255_413270_UFO's_and_Defense_What_Should_we_Prepare_For
Agency: NASA
Page 64
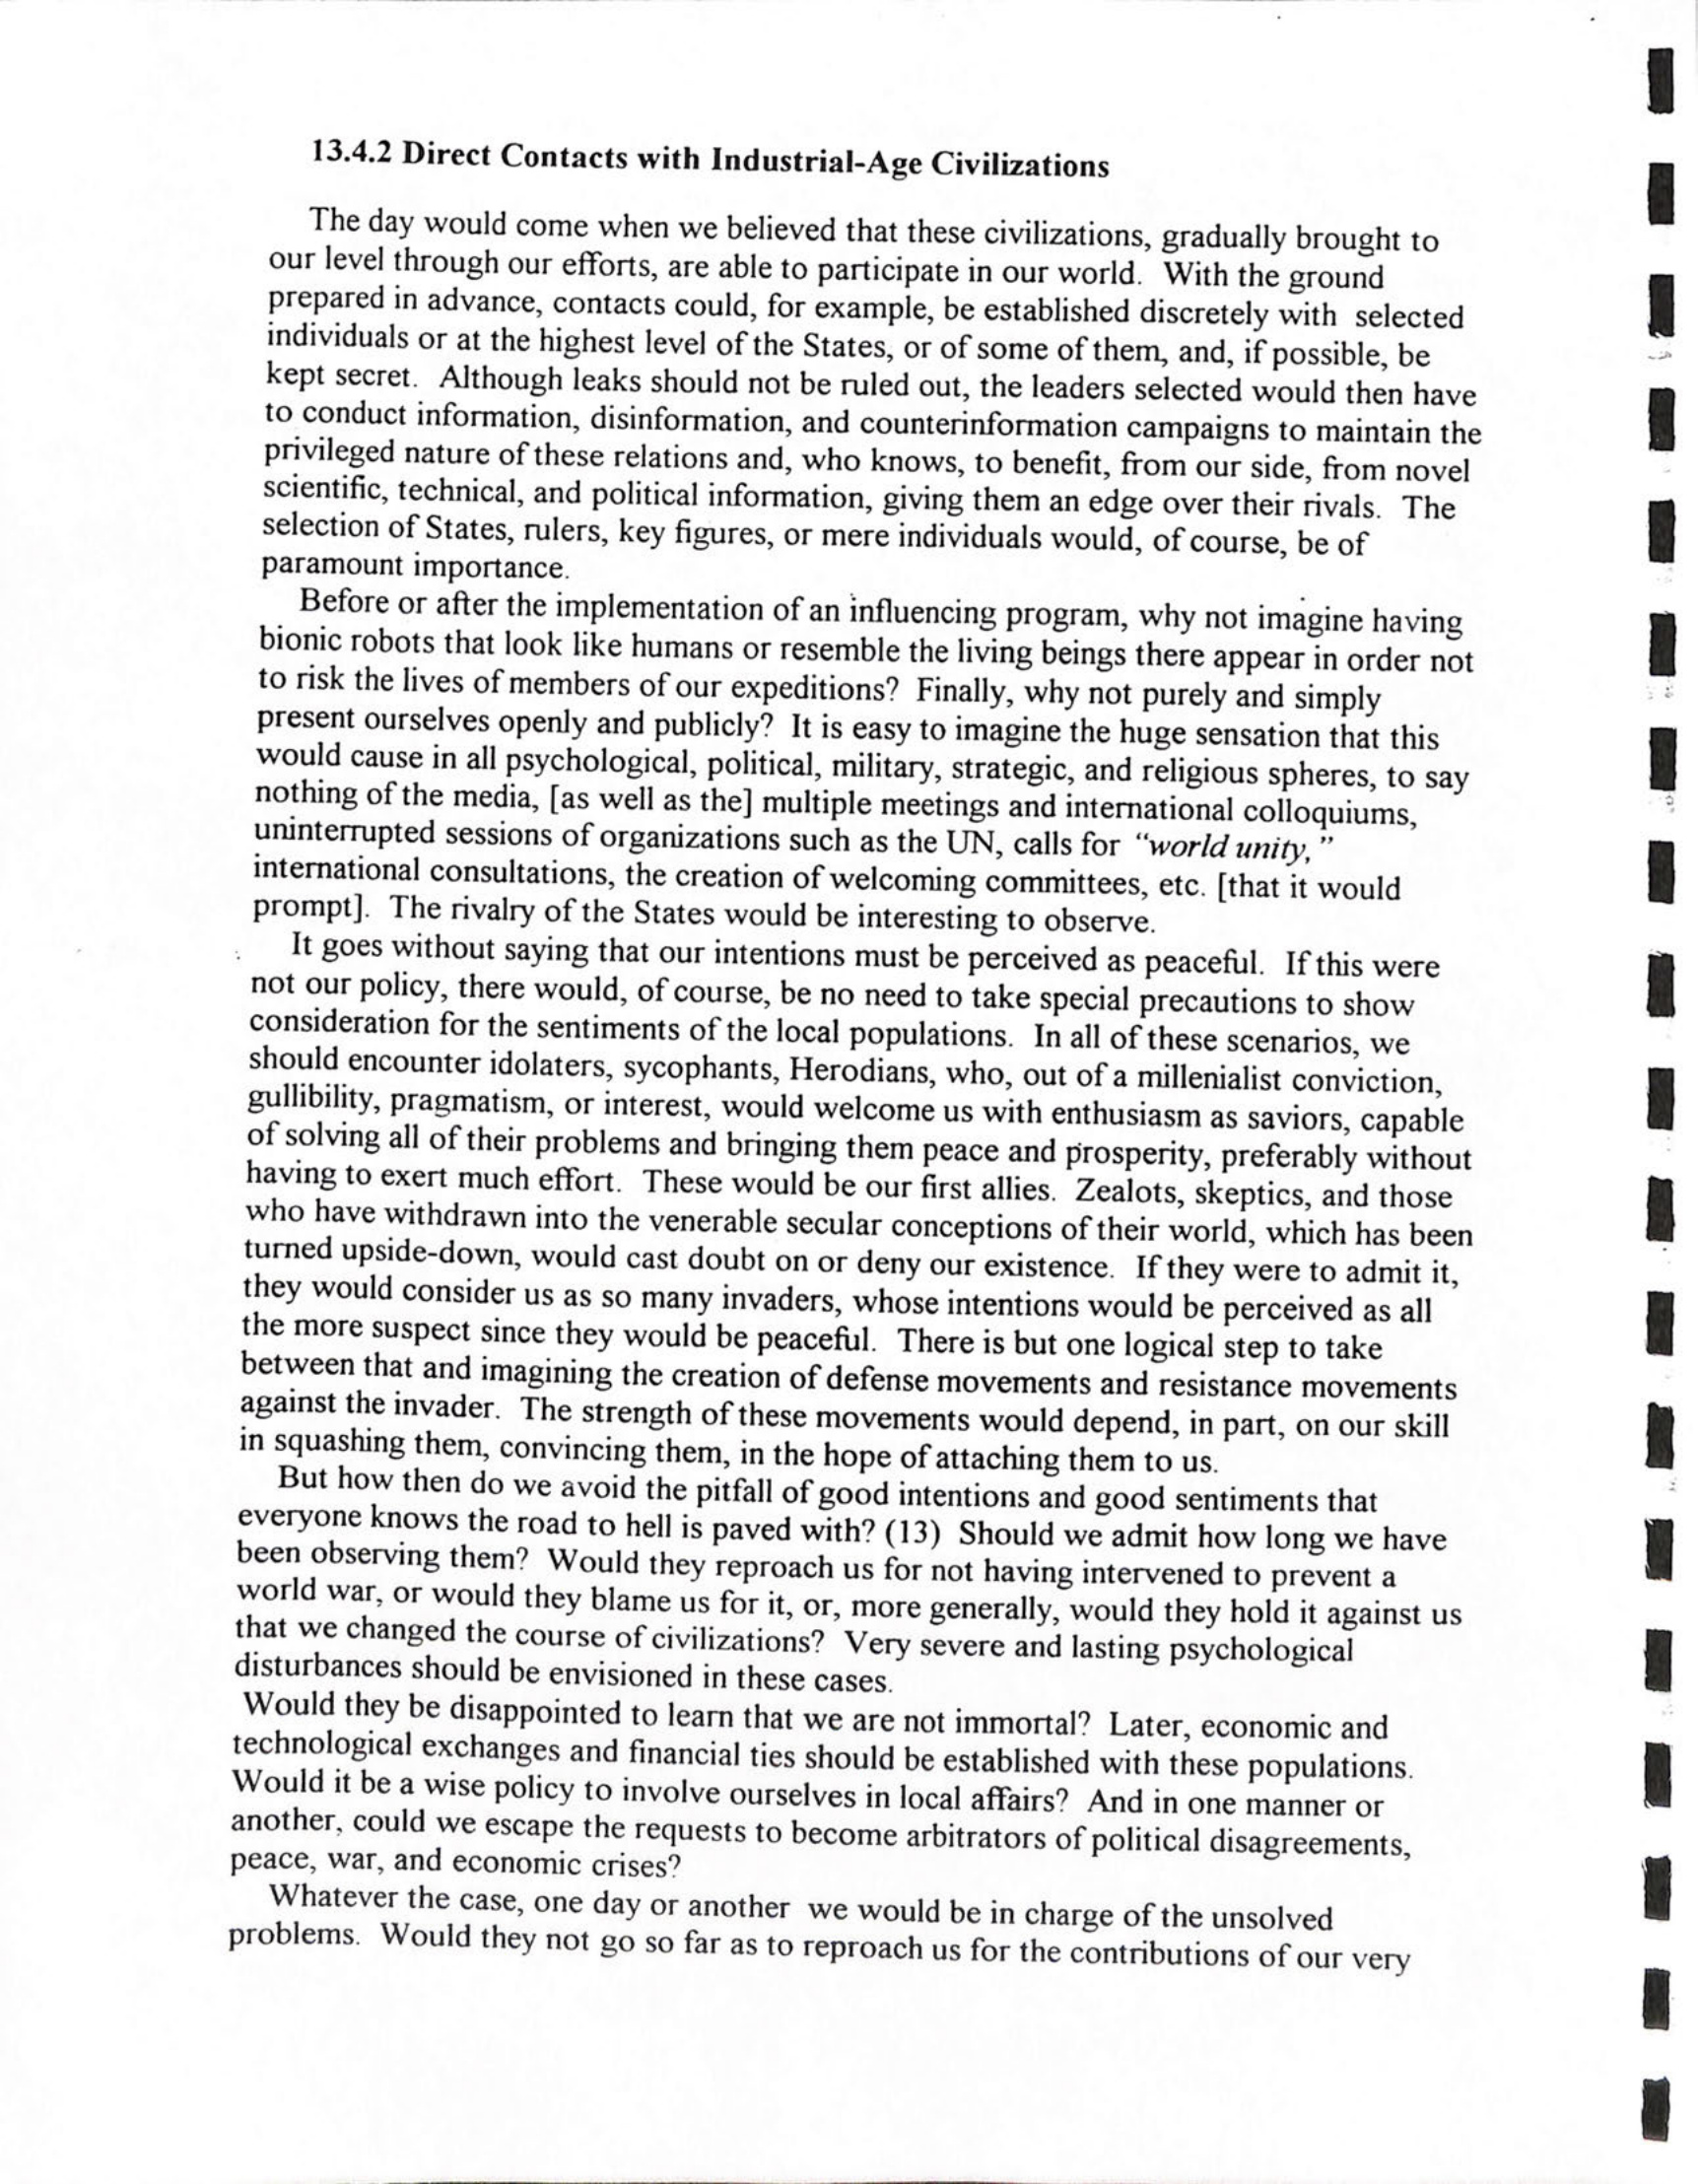